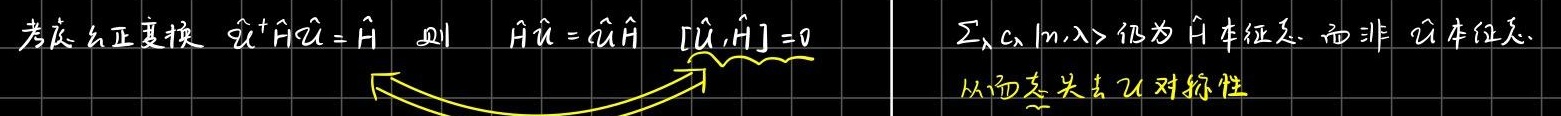
考虑么正变换 $\hat{U}^\dagger \hat{H} \hat{U} = \hat{H}$ 则 $\hat{H} \hat{U} = \hat{U} \hat{H}$ $[\hat{U}, \hat{H}] = 0$  $\sum_{\lambda} c_{\lambda} |n, \lambda\rangle$ 仍为 $\hat{H}$ 本征态，而非 $\hat{U}$ 本征态，从而失去 $\hat{U}$ 对称性。